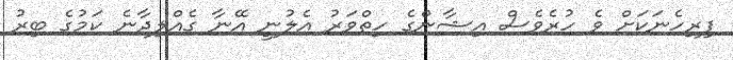
ފިރިހެނަކަށް ވެ ހުރެވެސް އިޝާންގެ ހިތްވަރު އެލުނީ އޭނާ ގެއްލިދާނެ ކަމުގެ ބިރު